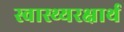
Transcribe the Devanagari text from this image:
स्वास्थ्यरक्षार्थ